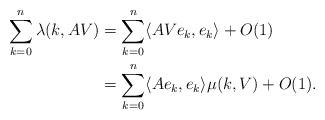
LaTeX: \begin{align*} \sum_{k=0}^n\lambda(k,AV) &= \sum_{k=0}^n\langle AVe_k,e_k\rangle+O(1)\\ &=\sum_{k=0}^n\langle Ae_k,e_k\rangle\mu(k,V)+O(1). \end{align*}